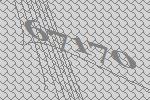
67170